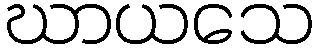
ဃာယသေ